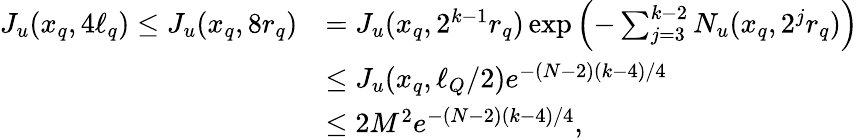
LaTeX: \begin{array}{rl}{J_{u}(x_{q},4\ell_{q})\le J_{u}(x_{q},8r_{q})}&{=J_{u}(x_{q},2^{k-1}r_{q})\exp\Big({-\sum_{j=3}^{k-2}N_{u}(x_{q},2^{j}r_{q})}\Big)}\\ &{\le J_{u}(x_{q},\ell_{Q}/2)e^{-(N-2)(k-4)/4}}\\ &{\le 2M^{2}e^{-(N-2)(k-4)/4},}\end{array}